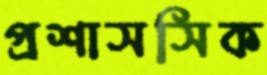
প্রশাসসিক